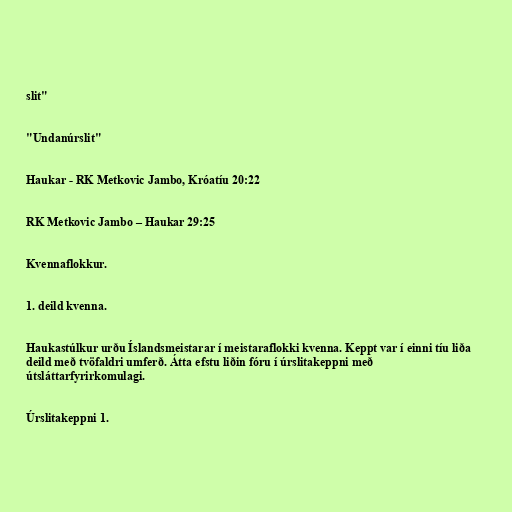
slit"

"Undanúrslit"

Haukar - RK Metkovic Jambo, Króatíu 20:22

RK Metkovic Jambo – Haukar 29:25

Kvennaflokkur.

1. deild kvenna.

Haukastúlkur urðu Íslandsmeistarar í meistaraflokki kvenna. Keppt var í einni tíu liða
deild með tvöfaldri umferð. Átta efstu liðin fóru í úrslitakeppni með
útsláttarfyrirkomulagi.

Úrslitakeppni 1.